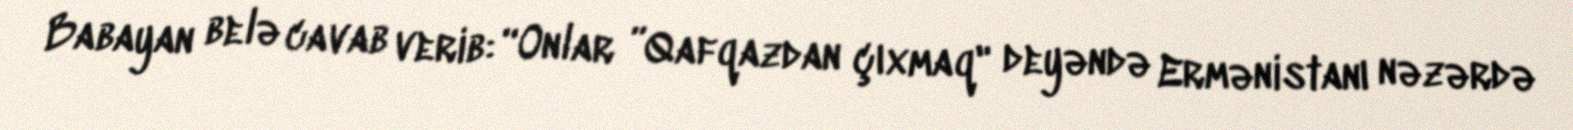
Babayan belə cavab verib: “Onlar ”Qafqazdan çıxmaq" deyəndə Ermənistanı nəzərdə